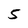
Character: 5